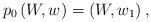
LaTeX: \begin{align*}p_0 \left(W,w\right)=\left(W, w_1\right),\end{align*}